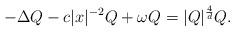
LaTeX: \begin{align*}-\Delta Q - c|x|^{-2} Q + \omega Q = |Q|^{\frac{4}{d}} Q. \end{align*}